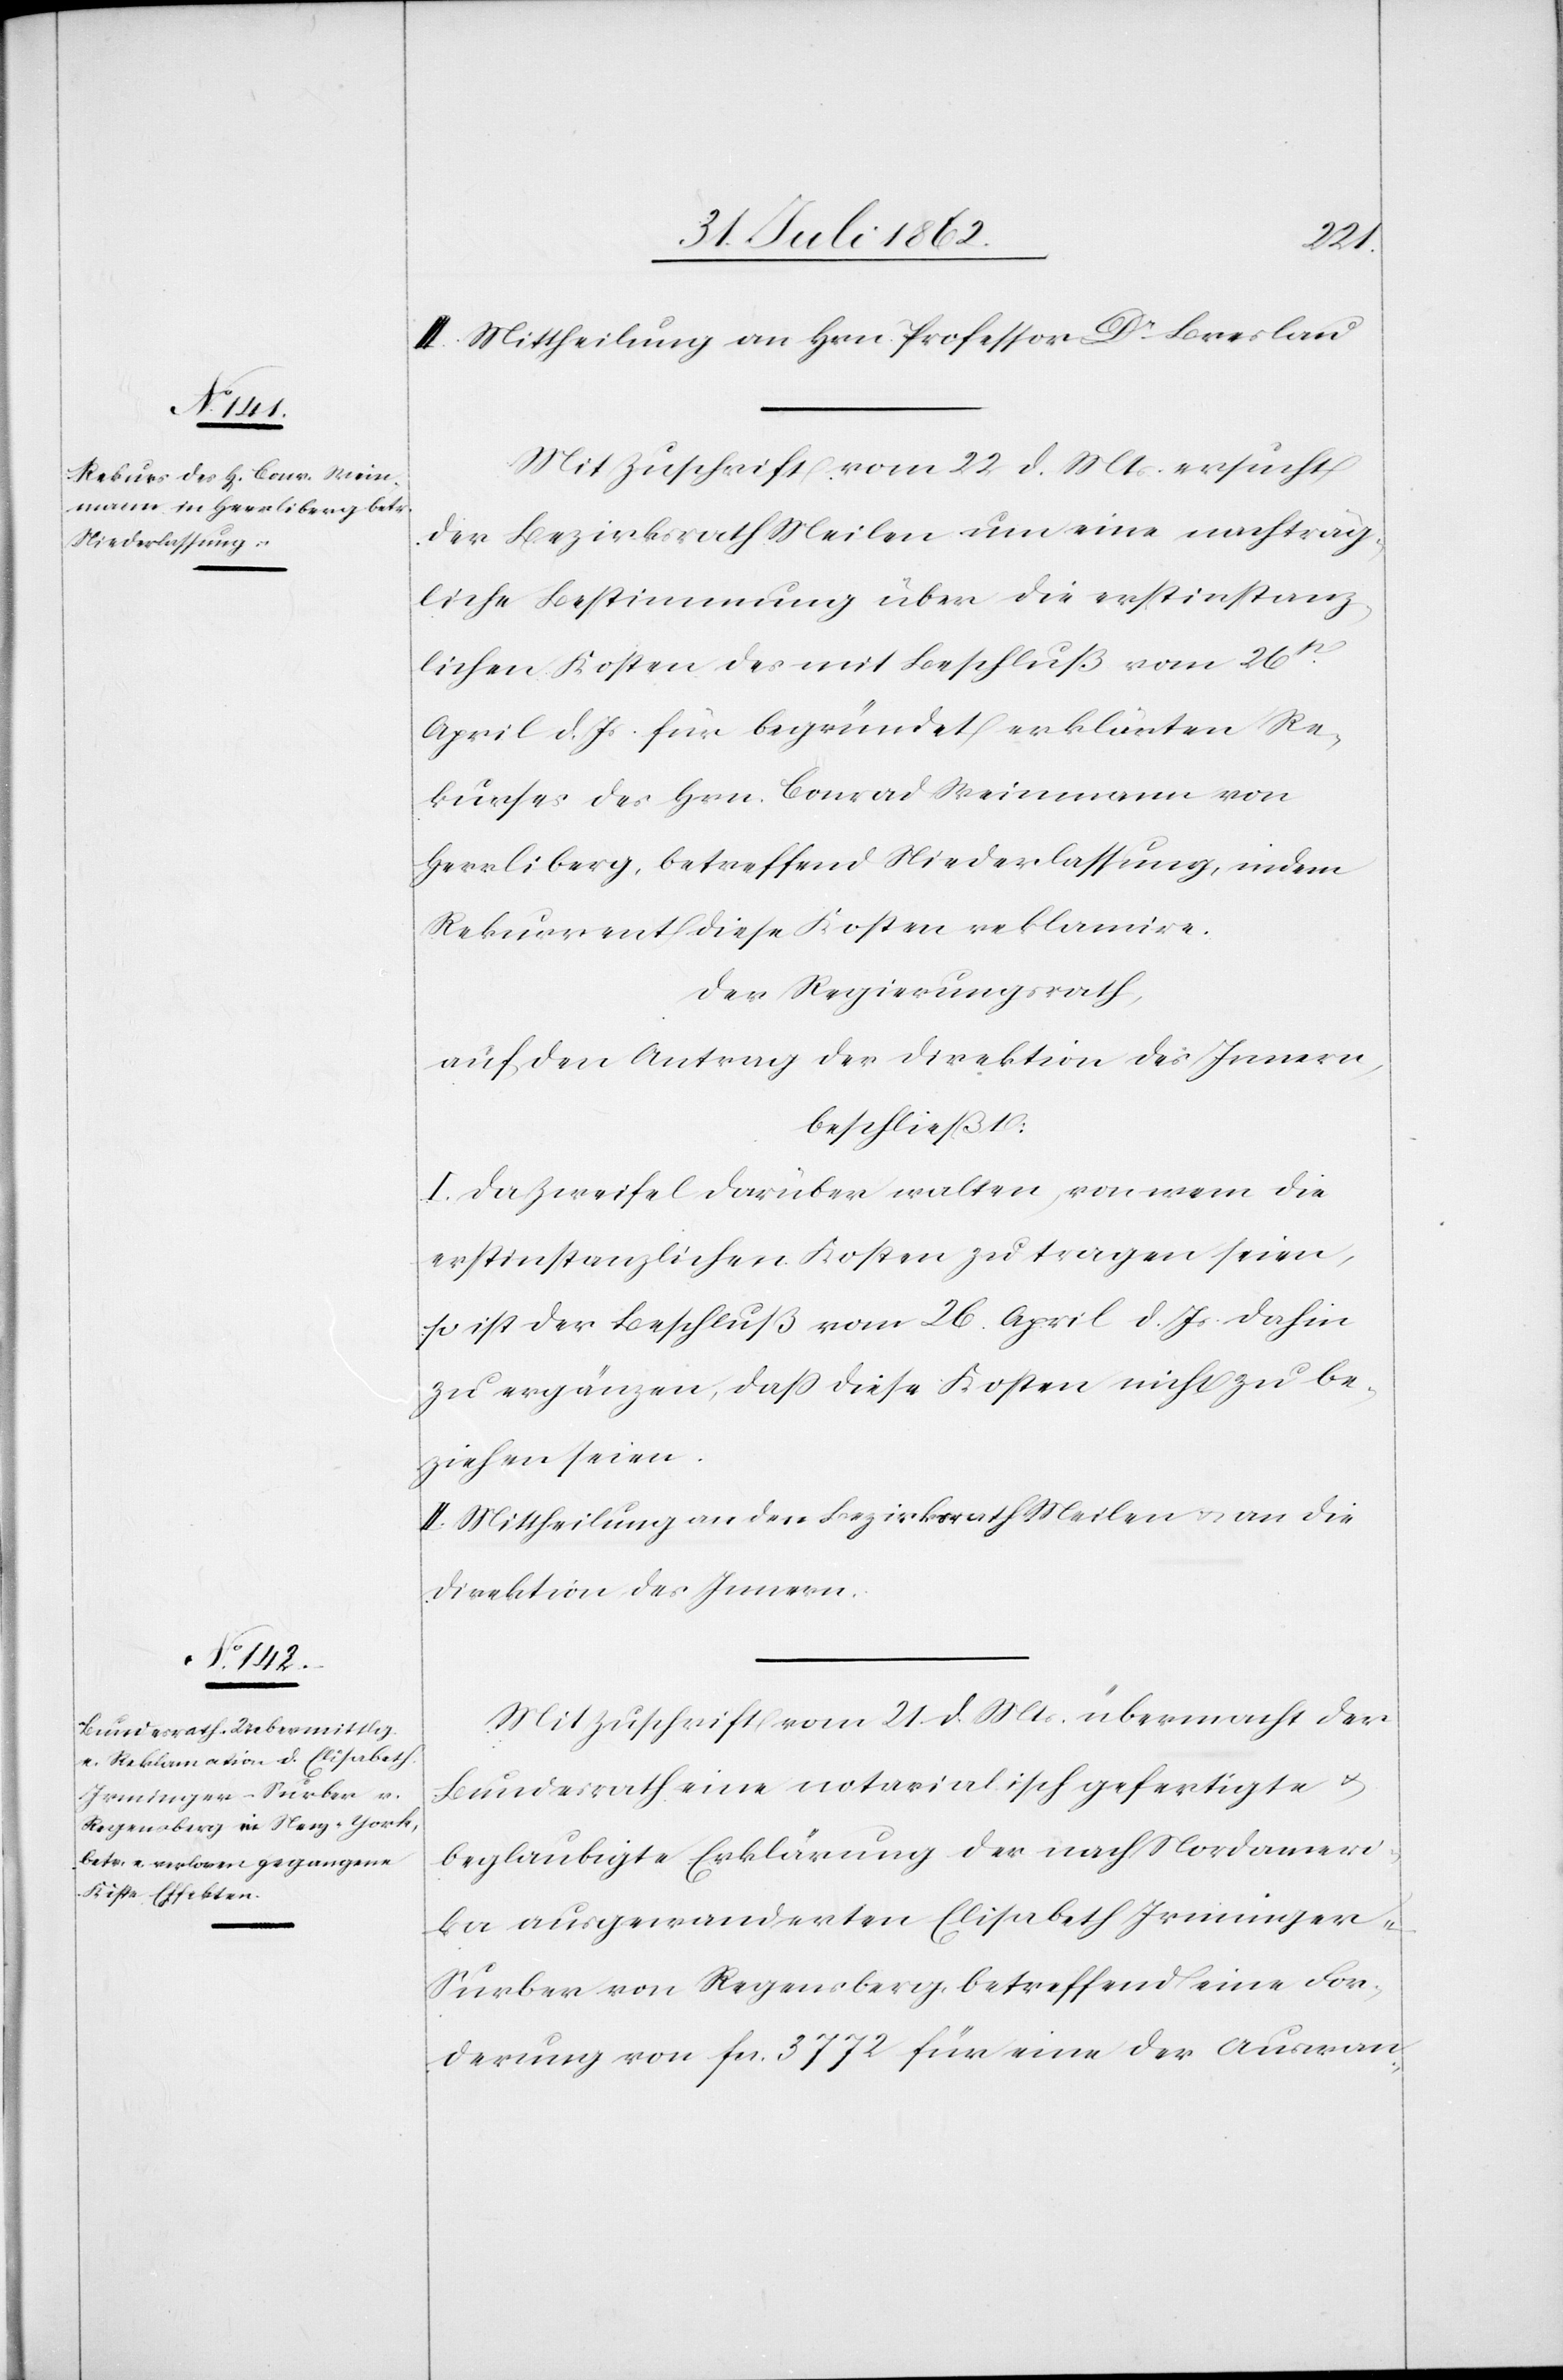
III. Mittheilung an Hrn. Prof. Dr. Breslau.
Mit Zuschrift vom 22. d. Mts. ersucht
der Bezirksrath Meilen um eine nachträg¬
liche Bestimmung über die erstinstanz¬
lichen Kosten des mit Beschluß vom 26t
April d. Js. für begründet erklärten Re¬
kurses des Hrn. Conrad Weinmann von
Herrliberg, betreffend Niederlassung, indem
Rekurrent diese Kosten reklamire.
Der Regierungsrath,
auf den Antrag der Direktion des Innern,
beschließt:
I. Da Zweifel darüber walten, von wem die
erstinstanzlichen Kosten zu tragen seien,
so ist der Beschluß vom 26. April d. Js. dahin
zu ergänzen, daß diese Kosten nicht zu be¬
ziehen seien.
II. Mittheilung an den Bezirksrath Meilen u. an die
Direktion des Innern.
Mit Zuschrift vom 21. d. Mts. übermacht der
Bundesrath eine notarialisch gefertigte u.
beglaubigte Erklärung der nach Nordameri¬
ka ausgewanderten Elisabeth Irminger-S¬
urber von Regensberg, betreffend eine For¬
derung von fcs. 3772 für eine der Auswan-